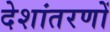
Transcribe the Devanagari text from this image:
देशांतरणों